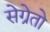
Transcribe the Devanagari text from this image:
सेग्रेतो